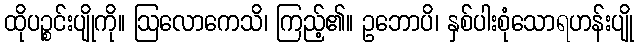
ထိုပဉ္စင်းပျိုကို။ ဩလောကေသိ၊ ကြည့်၏။ ဥဘောပိ၊ နှစ်ပါးစုံသောရဟန်းပျို